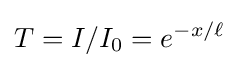
T=I/I_{0}=e^{-x/\ell }